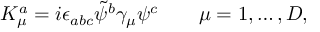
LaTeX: K _ { \mu } ^ { a } = i \epsilon _ { a b c } \tilde { \psi } ^ { b } \gamma _ { \mu } \psi ^ { c } \qquad \mu = 1 , \dots , D ,